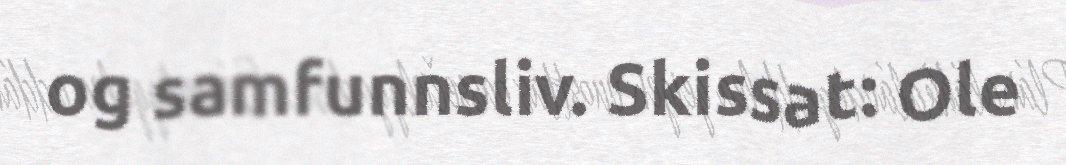
og samfunnsliv. Skissat: Ole